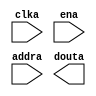
module BackgroundInitROM(
    input clka,
    input ena,
    input [18:0] addra,
    output [11:0] douta
);
endmodule